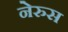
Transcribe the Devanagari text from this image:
नेरुस